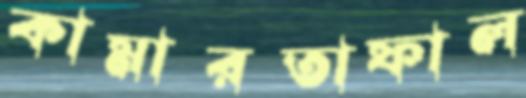
কামারতাফাল